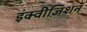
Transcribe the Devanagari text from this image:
इंक्वीज़िशन